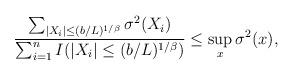
LaTeX: \begin{align*} \frac{\sum_{|X_i|\le(b/L)^{1/\beta}} \sigma^2(X_i)}{\sum_{i=1}^nI(|X_i|\le(b/L)^{1/\beta})} \le\sup_x\sigma^2(x),\end{align*}